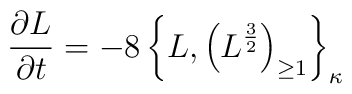
{\partial L\over \partial t} = -8 \left\{L, \left(L^{3\over2}\right)_{\geq 1}\right\}_{\kappa}